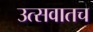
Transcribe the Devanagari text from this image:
उत्सवातच